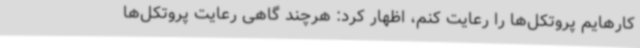
کارهایم پروتکل‌ها را رعایت کنم، اظهار کرد: هرچند گاهی رعایت پروتکل‌ها